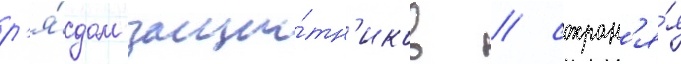
р'я́дом защи́тн'иков / сохран'я́я